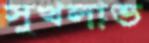
সুখলাভ